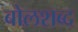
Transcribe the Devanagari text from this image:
बोलशब्द